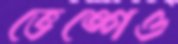
ভেঙ্গেও